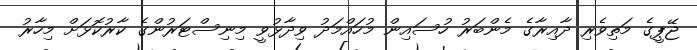
ޖޭޕީގެ މަތިވެރި ދާއިރާގެ މެންބަރު ހުސައިން މުހައްމަދު ވިދާޅުވީ މިނިސްޓަރުންގެ ކާރުކޮޅަށް މިހާރު